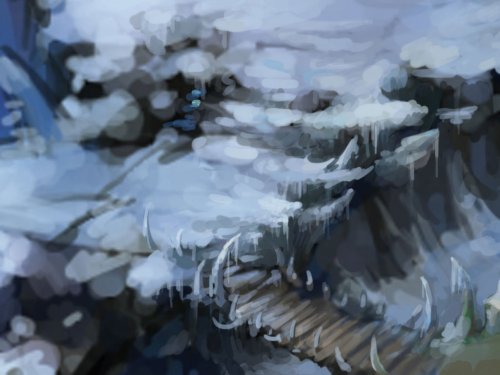
岁暮阴阳催短景，天涯霜雪霁寒宵。